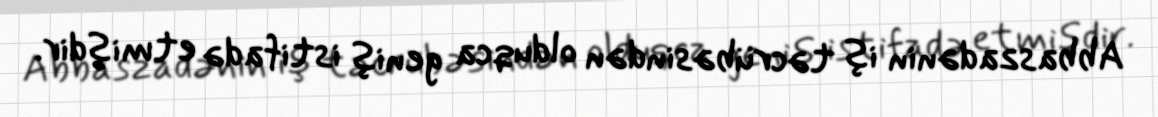
Abbaszadənin iş təcrübəsindən olduqca geniş istifadə etmişdir.